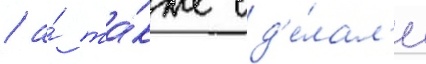
/ а́ та́кже сд'е́лал'и